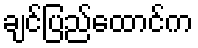
ချင်ပြည်ထောင်က